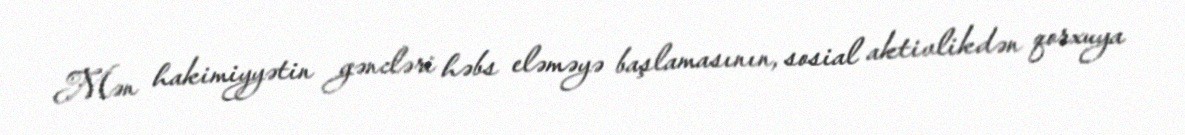
Mən hakimiyyətin gəncləri həbs eləməyə başlamasının, sosial aktivlikdən qorxuya